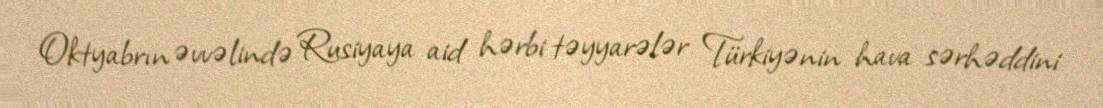
Oktyabrın əvvəlində Rusiyaya aid hərbi təyyarələr Türkiyənin hava sərhəddini